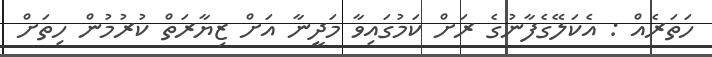
ހަތަރެއް : އެކަލޭގެފާނުގެ ރަށް ކަމުގައިވާ މަދީނާ އަށް ޒިޔާރަތް ކުރުމުން ހިތަށް